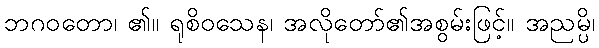
ဘဂဝတော၊ ၏။ ရုစိဝသေန၊ အလိုတော်၏အစွမ်းဖြင့်။ အညမ္ပိ၊